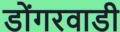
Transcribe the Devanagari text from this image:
डोंगरवाडी